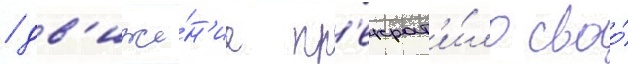
/ дв'иже́н'ие пр'екрат'и́ло своо́